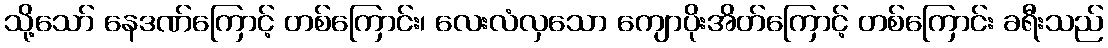
သို့သော် နေဒဏ်ကြောင့် တစ်ကြောင်း၊ လေးလံလှသော ကျောပိုးအိတ်ကြောင့် တစ်ကြောင်း ခရီးသည်